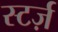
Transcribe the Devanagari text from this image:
स्टर्ज़